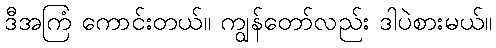
ဒီအကြံ ကောင်းတယ်။ ကျွန်တော်လည်း ဒါပဲစားမယ်။